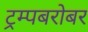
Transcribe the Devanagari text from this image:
ट्रम्पबरोबर